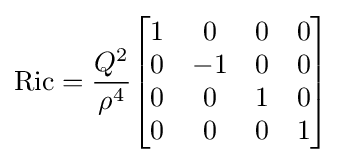
{\mbox{Ric}}={\frac {Q^{2}}{\rho ^{4}}}{\begin{bmatrix}1&0&0&0\\0&-1&0&0\\0&0&1&0\\0&0&0&1\\\end{bmatrix}}